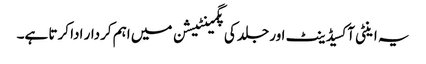
یہ اینٹی آکسیڈینٹ اور جلد کی پگمینٹیشن میں اہم کردار ادا کرتا ہے۔